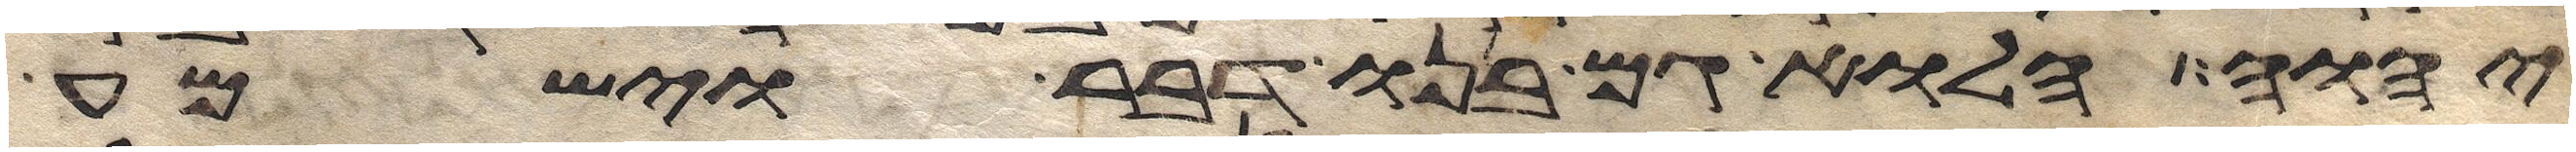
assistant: יהוה הלוא גם בנו דבר וישמע